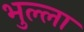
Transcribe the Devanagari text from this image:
भुल्ला